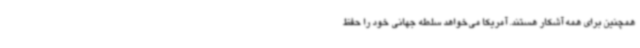
همچنین برای همه آشکار هستند. آمریکا می‌خواهد سلطه جهانی خود را حفظ